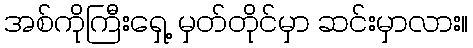
အစ်ကိုကြီးရှေ့ မှတ်တိုင်မှာ ဆင်းမှာလား။